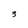
Character: 3